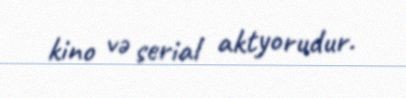
kino və serial aktyorudur.